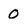
Character: 0